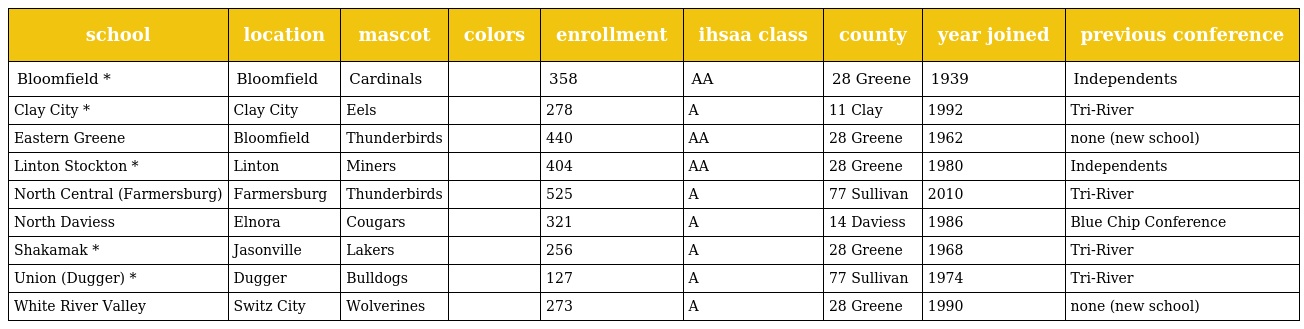
| school | location | mascot | colors | enrollment | ihsaa class | county | year joined | previous conference |
 | --- | --- | --- | --- | --- | --- | --- | --- | --- |
 | Bloomfield * | Bloomfield | Cardinals |  | 358 | AA | 28 Greene | 1939 | Independents |
 | Clay City * | Clay City | Eels |  | 278 | A | 11 Clay | 1992 | Tri-River |
 | Eastern Greene | Bloomfield | Thunderbirds |  | 440 | AA | 28 Greene | 1962 | none (new school) |
 | Linton Stockton * | Linton | Miners |  | 404 | AA | 28 Greene | 1980 | Independents |
 | North Central (Farmersburg) | Farmersburg | Thunderbirds |  | 525 | A | 77 Sullivan | 2010 | Tri-River |
 | North Daviess | Elnora | Cougars |  | 321 | A | 14 Daviess | 1986 | Blue Chip Conference |
 | Shakamak * | Jasonville | Lakers |  | 256 | A | 28 Greene | 1968 | Tri-River |
 | Union (Dugger) * | Dugger | Bulldogs |  | 127 | A | 77 Sullivan | 1974 | Tri-River |
 | White River Valley | Switz City | Wolverines |  | 273 | A | 28 Greene | 1990 | none (new school) |